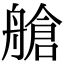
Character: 艙